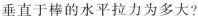
垂直于棒的水平拉力为多大?